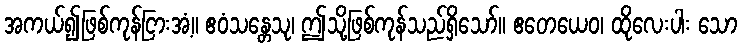
အကယ်၍ဖြစ်ကုန်ငြားအံ့။ ဧဝံသန္တေသု၊ ဤသို့ဖြစ်ကုန်သည်ရှိသော်။ ဧတေယေဝ၊ ထိုလေးပါး သော